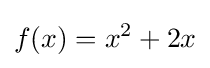
f(x)=x^{2}+2x